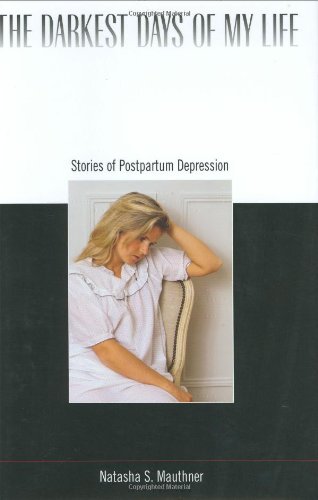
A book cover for The Darkest Days of My Life: Stories of Postpartum Depression; Natasha S. Mauthner; Health, Fitness & Dieting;